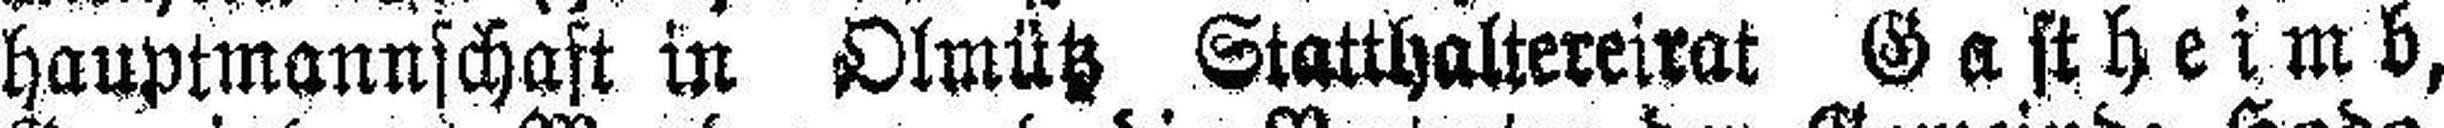
hauptmannschaft in Olmütz Statthaltereirat Gastheimb,